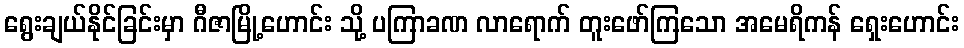
ရွေးချယ်နိုင်ခြင်းမှာ ဂီဇာမြို့ဟောင်း သို့ ပကြာခဏ လာရောက် တူးဖော်ကြသော အမေရိကန် ရှေးဟောင်း